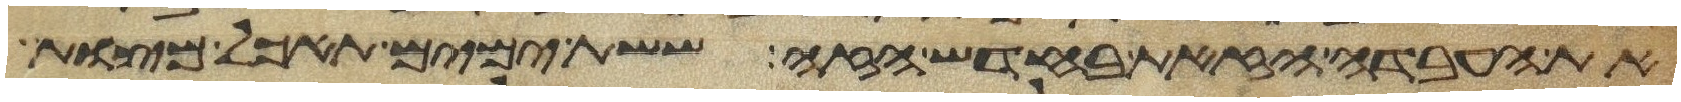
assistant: את העבדה הזאת בחדש הזה ששת ימים תאכל מצות